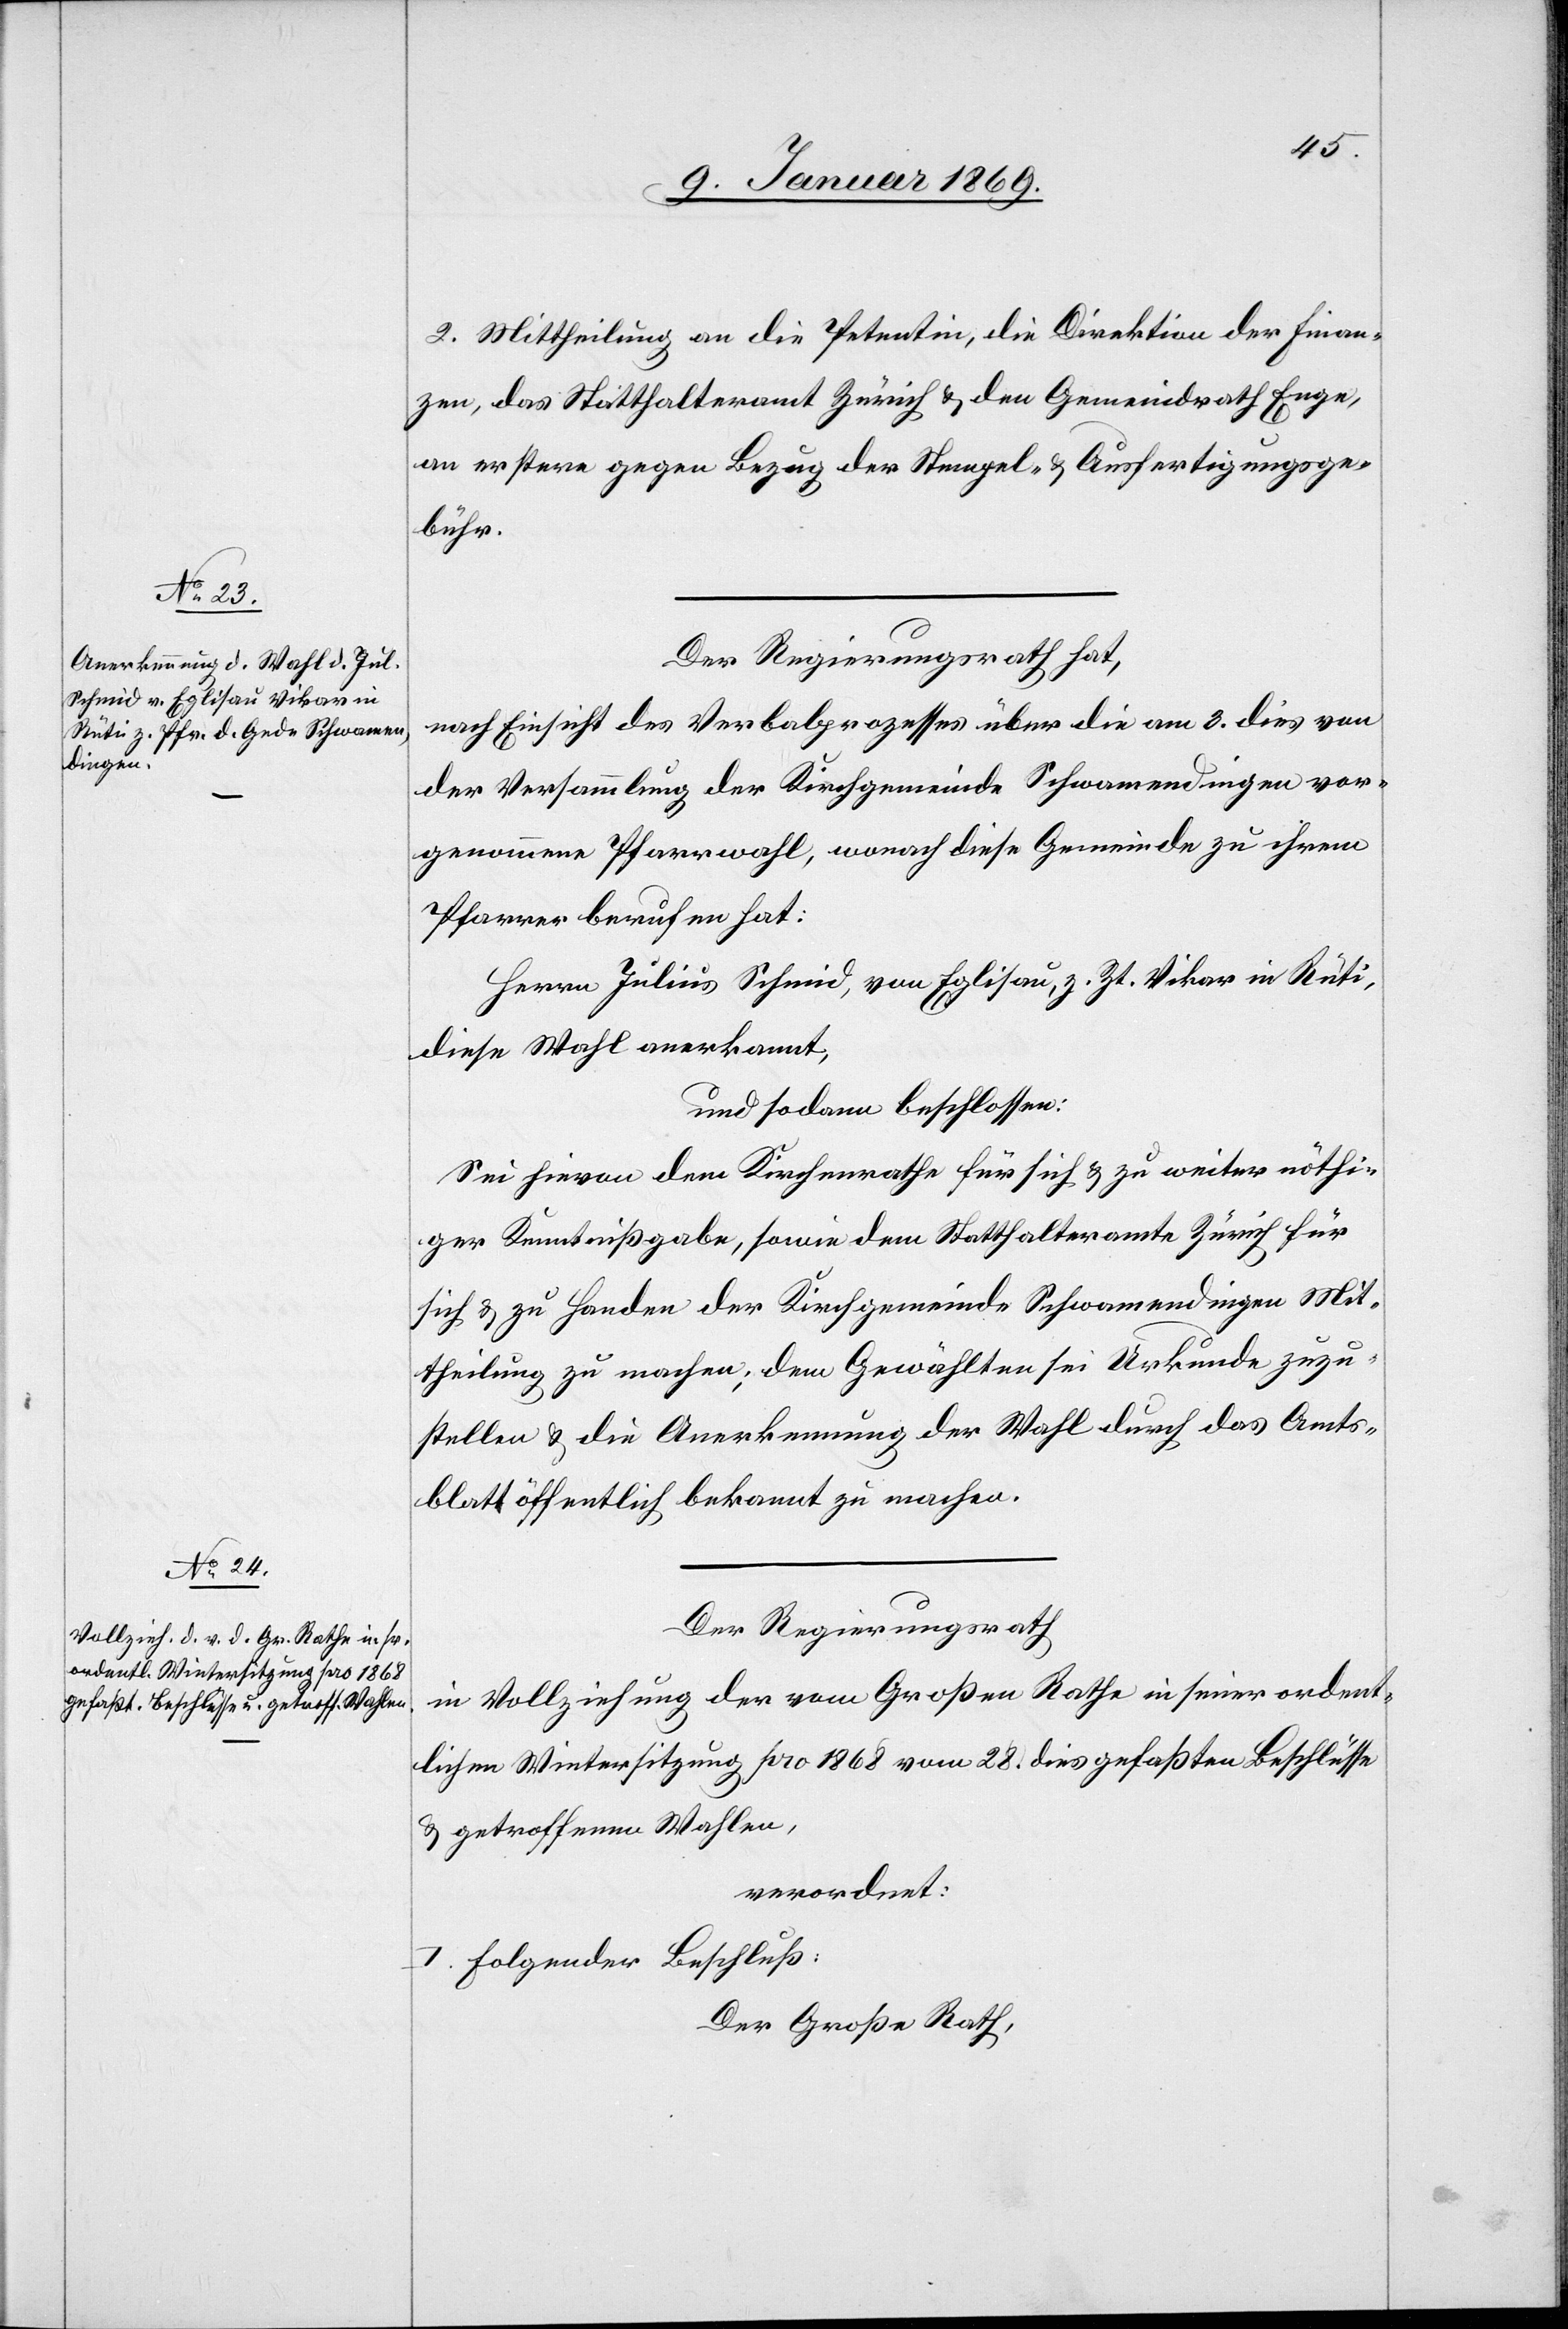
2. Mittheilung an die Petentin, die Direktion der Finan¬
zen, das Statthalteramt Zürich & den Gemeindrath Enge,
an erstere gegen Bezug der Stempel- & Ausfertigungsge¬
bühr.
Der Regierungsrath hat,
nach Einsicht des Verbalprozesses über die am 3. dies von
der Versammlung der Kirchgemeinde Schwamendingen vor¬
genommene Pfarrwahl, wonach diese Gemeinde zu ihrem
Pfarrer berufen hat:
Herrn Julius Schmid, von Eglisau, z. Zt. Vikar in Rüti,
diese Wahl anerkannt,
und sodann beschlossen:
Sei hievon dem Kirchenrathe für sich & zu weiter nöthi¬
ger Kenntnißgabe, sowie dem Statthalteramte Zürich für
sich & zu Handen der Kirchgemeinde Schwamendingen Mit¬
theilung zu machen; dem Gewählten sei Urkunde zuzu¬
stellen & die Anerkennung der Wahl durch das Amts¬
blatt öffentlich bekannt zu machen.
Der Regierungsrath,
in Vollziehung der vom Großen Rathe in seiner ordent¬
lichen Wintersitzung pro 1868 vom 28. dies gefaßten Beschlüsse
& getroffenen Wahlen,
verordnet:
I. folgender Beschluß:
Der Große Rath,